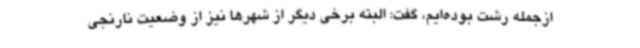
ازجمله رشت بوده‌ایم، گفت: البته برخی دیگر از شهرها نیز از وضعیت نارنجی